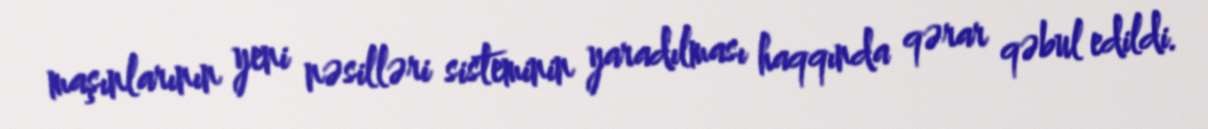
maşınlarının yeni nəsilləri sisteminin yaradılması haqqında qərar qəbul edildi.